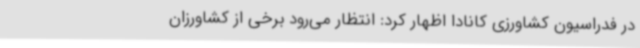
در فدراسیون کشاورزی کانادا اظهار کرد: انتظار می‌رود برخی از کشاورزان